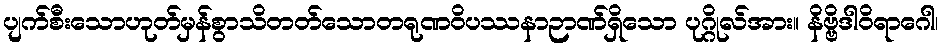
ပျက်စီးသောဟုတ်မှန်စွာသိတတ်သောတရုဏဝိပဿနာဉာဏ်ရှိသော ပုဂ္ဂိုလ်အား။ နိဗ္ဗိဒါဝိရာဂေါ၊